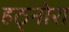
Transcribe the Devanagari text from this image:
हठ्नोरा